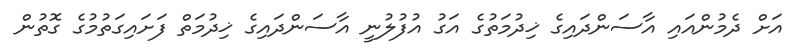
އަށް ދެމުންއައި އާސަންދައިގެ ޚިދުމަތުގެ އަގު އުފުލުނީ އާސަންދައިގެ ޚިދުމަތް ފަށައިގަތުމުގެ ގޮތުން